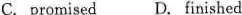
C.promised D.Finished